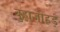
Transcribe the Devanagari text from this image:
बुड्ढाजोहड़